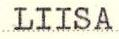
LIISA